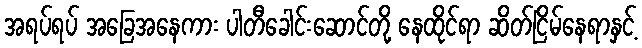
အရပ်ရပ် အခြေအနေကား ပါတီခေါင်းဆောင်တို့ နေထိုင်ရာ ဆိတ်ငြိမ်နေရာနှင့်